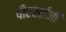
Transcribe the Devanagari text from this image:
पीएसईजी